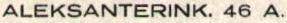
ALEKSANTERINK.46 A